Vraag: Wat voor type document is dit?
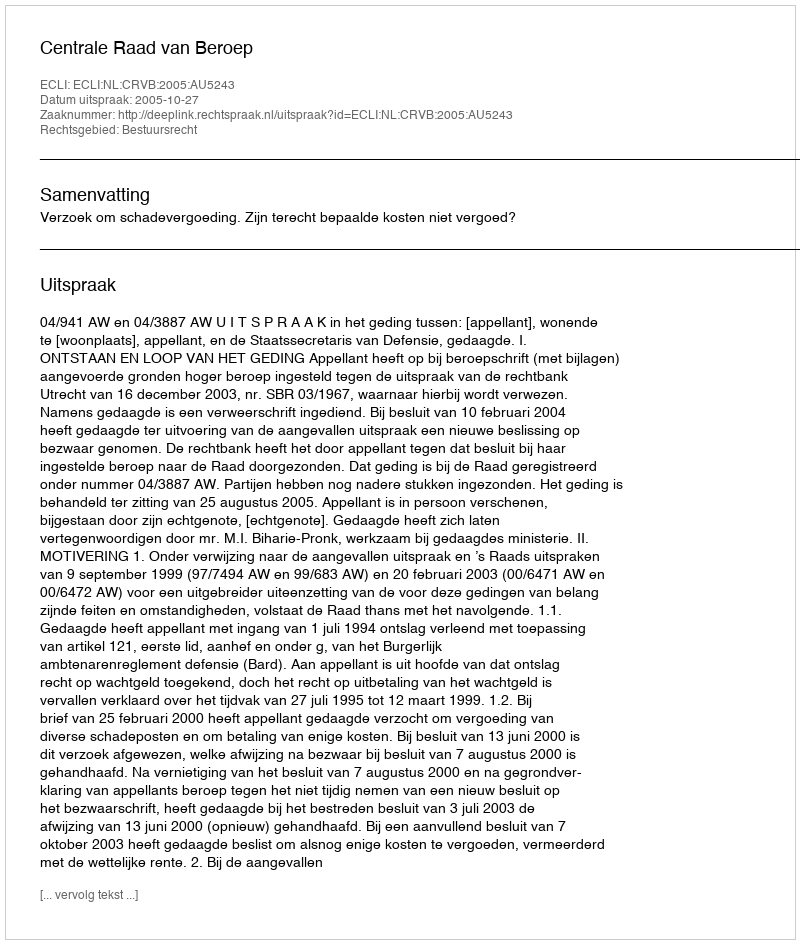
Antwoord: Uitspraak